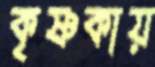
কৃষ্ণকায়